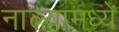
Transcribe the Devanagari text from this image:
नाल्यामध्ये